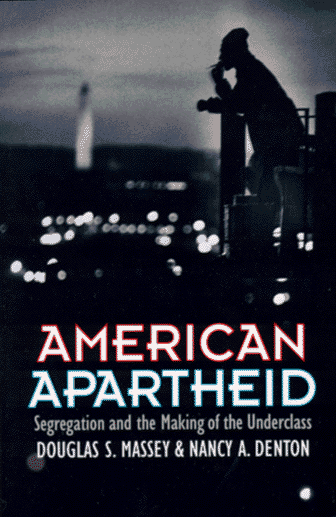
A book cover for American Apartheid: Segregation and the Making of the Underclass; Douglas S. Massey; Science & Math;